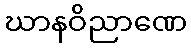
ဃာနဝိညာဏေ